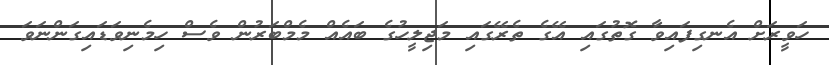
ހަވީރަށް އެނގިފައިވާ ގޮތުގައި އޭގެ ތެރޭގައި މަޖިލީހުގެ ބައެއް މެމްބަރުން ވެސް ހިމެނިވަޑައިގަންނަވަ